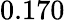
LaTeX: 0.170